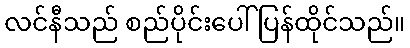
လင်နီသည် စည်ပိုင်းပေါ် ပြန်ထိုင်သည်။